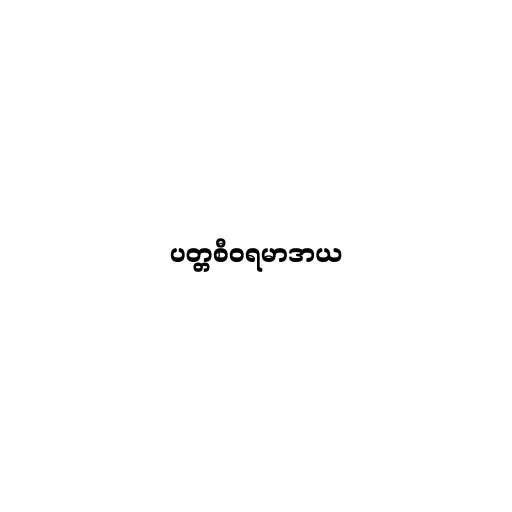
ပတ္တစီဝရမာဒာယ